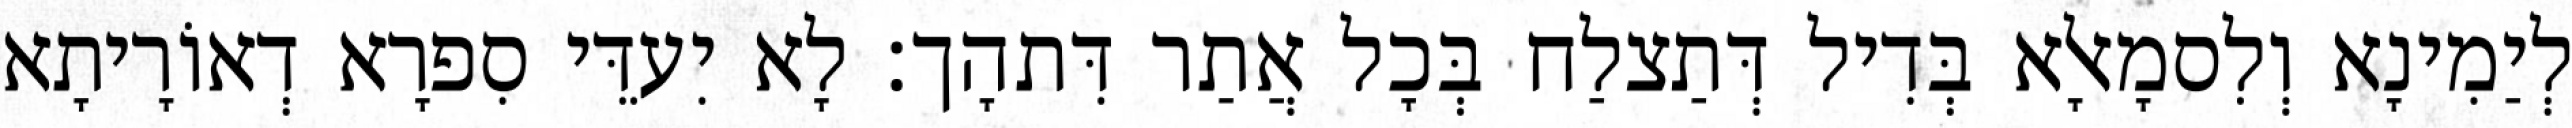
לְיַמִינָא וְלִסמָאלָא בְּדִיל דְּתַצלַח בְּכָל אֲתַר דִּתהָך׃ לָא יִעדֵּי סִפרָא דְאוֹרָיתָא